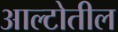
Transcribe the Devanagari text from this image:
आल्टोतील